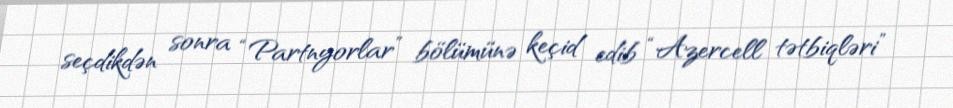
seçdikdən sonra “Partnyorlar” bölümünə keçid edib “Azercell tətbiqləri”